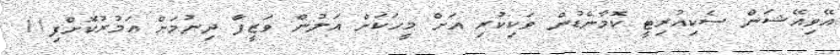
އޭވިއޭޝަން ސެކިއުރިޓީ ކޮމާންޑުން ވަކިކުރި އަށް މީހަކަށް އަލުން ވަޒީފާ ދިނުމަށް އަމުރުކޮށްފި11